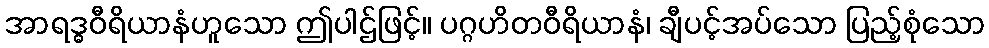
အာရဒ္ဓဝီရိယာနံဟူသော ဤပါဌ်ဖြင့်။ ပဂ္ဂဟိတဝီရိယာနံ၊ ချီပင့်အပ်သော ပြည့်စုံသော